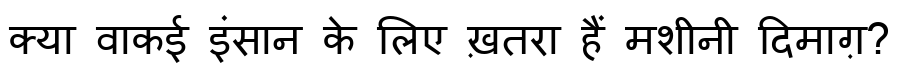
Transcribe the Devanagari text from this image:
क्या वाकई इंसान के लिए ख़तरा हैं मशीनी दिमाग़?